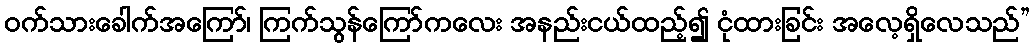
ဝက်သားခေါက်အကြော်၊ ကြက်သွန်ကြော်ကလေး အနည်းငယ်ထည့်၍ ငုံထားခြင်း အလေ့ရှိလေသည်”